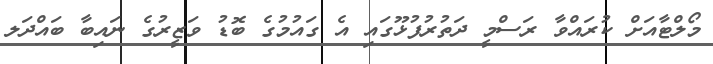
މޯލްޓާއަށް ކުރައްވާ ރަސްމީ ދަތުރުފުޅޫގައި އެ ގައުމުގެ ބޮޑު ވަޒީރުގެ ނައިބާ ބައްދަލ